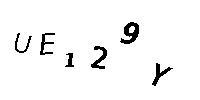
UE129Y